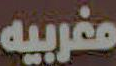
مغربيه